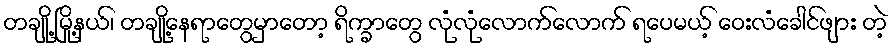
တချို့ မြို့နယ်၊ တချို့နေရာတွေမှာတော့ ရိက္ခာတွေ လုံလုံလောက်လောက် ရပေမယ့် ဝေးလံခေါင်ဖျား တဲ့